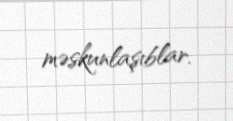
məskunlaşıblar.